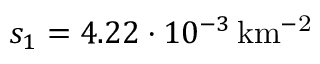
s _ { 1 } = 4 . 2 2 \cdot 1 0 ^ { - 3 } \, \mathrm { k m ^ { - 2 } }